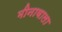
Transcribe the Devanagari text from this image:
मीनावाला